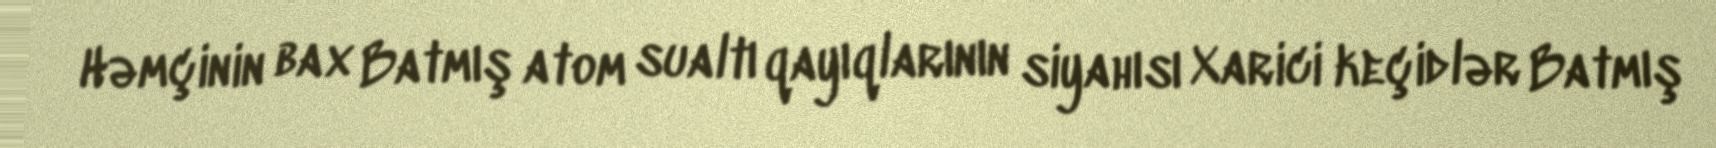
Həmçinin bax Batmış atom sualtı qayıqlarının siyahısı Xarici keçidlər Batmış